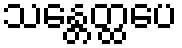
သန္တေတ္ထပေ